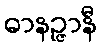
ဓာနဉ္ဇာနီ